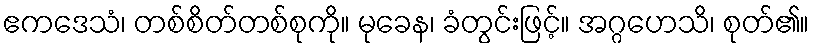
ဧကဒေသံ၊ တစ်စိတ်တစ်စုကို။ မုခေန၊ ခံတွင်းဖြင့်။ အဂ္ဂဟေသိ၊ စုတ်၏။